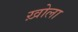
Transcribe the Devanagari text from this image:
ख़ोला